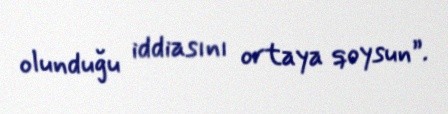
olunduğu iddiasını ortaya qoysun”.